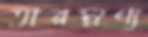
তারম্নণ্য